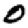
Digit: 0